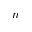
n